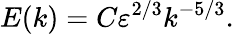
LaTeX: E(k)=C\varepsilon^{2/3}k^{-5/3}.